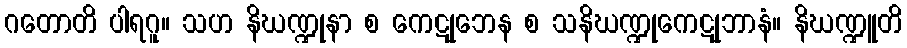
ဂတောတိ ပါရဂူ။ သဟ နိဃဏ္ဍုနာ စ ကေဋုဘေန စ သနိဃဏ္ဍုကေဋုဘာနံ။ နိဃဏ္ဍူတိ